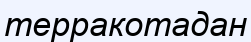
терракотадан